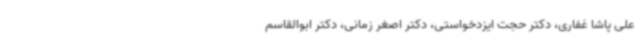
علی پاشا غفاری، دکتر حجت ایزدخواستی، دکتر اصغر زمانی، دکتر ابوالقاسم